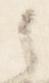
之